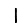
Digit: 1